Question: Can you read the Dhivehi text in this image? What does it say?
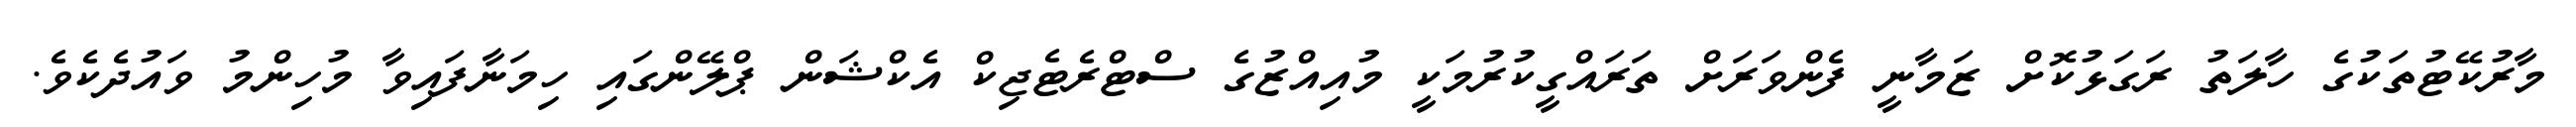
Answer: މާރުކޭޓުތަކުގެ ހާލަތު ރަގަޅުކޮށް ޒަމާނީ ފެންވަރަށް ތަރައްގީކުރުމަކީ މުއިއްޒުގެ ސްޓްރެޓެޖިކް އެކްޝަން ޕްލޭންގައި ހިމަނާފައިވާ މުހިންމު ވައުދެކެވެ.